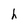
Character: h